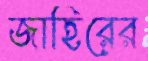
জাহিরের